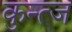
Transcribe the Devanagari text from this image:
कुन्त्ज